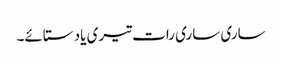
ساری ساری رات تیری یاد ستائے۔